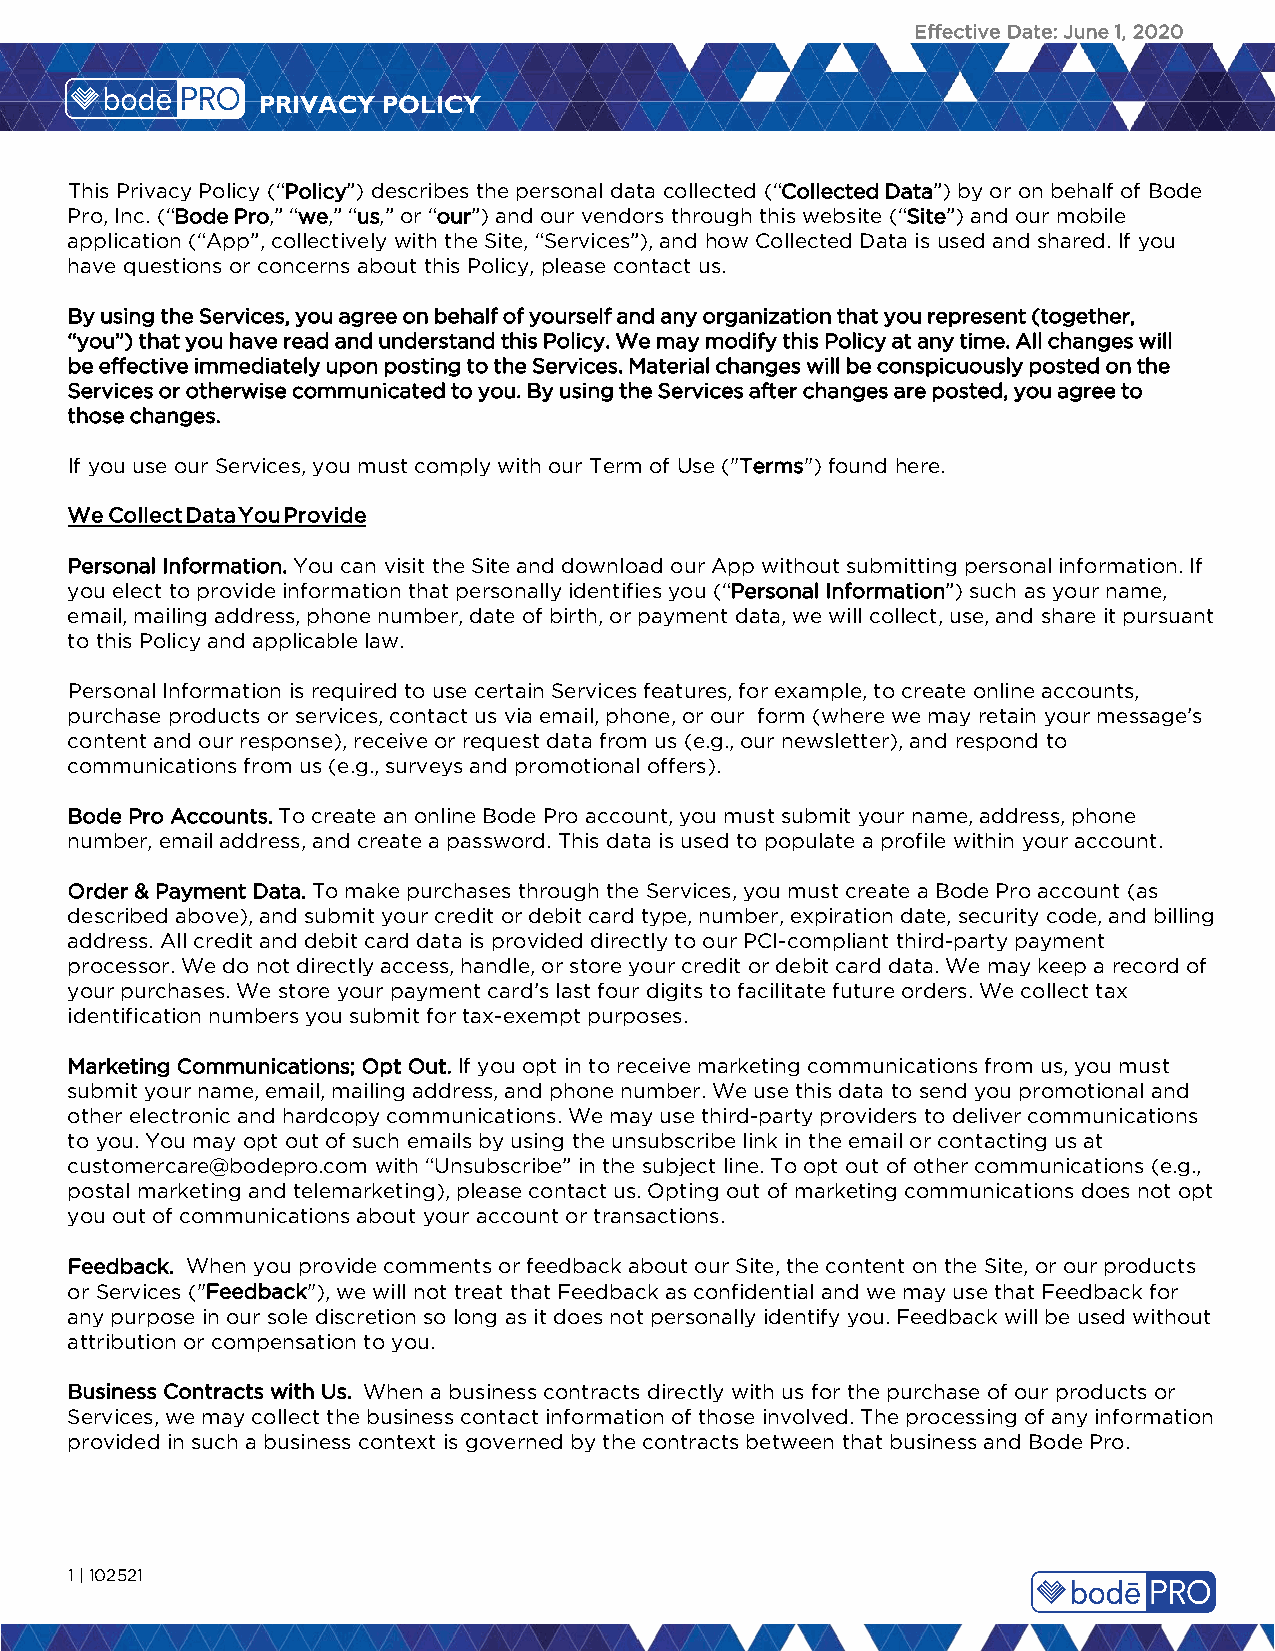
Effective Date: June 1, 2020
 PRIVACY POLICY
 This Privacy Policy (“Policy”) describes the personal data collected (“Collected Data”) by or on behalf of Bode
 Pro, Inc. (“Bode Pro,” “we,” “us,” or “our”) and our vendors through this website (“Site”) and our mobile
 application (“App”, collectively with the Site, “Services”), and how Collected Data is used and shared. If you
 have questions or concerns about this Policy, please contact us.
 By using the Services, you agree on behalf of yourself and any organization that you represent (together,
 “you”) that you have read and understand this Policy. We may modify this Policy at any time. All changes will
 be effective immediately upon posting to the Services. Material changes will be conspicuously posted on the
 Services or otherwise communicated to you. By using the Services after changes are posted, you agree to
 those changes.
 If you use our Services, you must comply with our Term of Use ("Terms") found here.
 We Collect Data You Provide
 Personal Information. You can visit the Site and download our App without submitting personal information. If
 you elect to provide information that personally identifies you (“Personal Information”) such as your name,
 email, mailing address, phone number, date of birth, or payment data, we will collect, use, and share it pursuant
 to this Policy and applicable law.
 Personal Information is required to use certain Services features, for example, to create online accounts,
 purchase products or services, contact us via email, phone, or our form (where we may retain your message’s
 content and our response), receive or request data from us (e.g., our newsletter), and respond to
 communications from us (e.g., surveys and promotional offers).
 Bode Pro Accounts. To create an online Bode Pro account, you must submit your name, address, phone
 number, email address, and create a password. This data is used to populate a profile within your account.
 Order & Payment Data. To make purchases through the Services, you must create a Bode Pro account (as
 described above), and submit your credit or debit card type, number, expiration date, security code, and billing
 address. All credit and debit card data is provided directly to our PCI-compliant third-party payment
 processor. We do not directly access, handle, or store your credit or debit card data. We may keep a record of
 your purchases. We store your payment card’s last four digits to facilitate future orders. We collect tax
 identification numbers you submit for tax-exempt purposes.
 Marketing Communications; Opt Out. If you opt in to receive marketing communications from us, you must
 submit your name, email, mailing address, and phone number. We use this data to send you promotional and
 other electronic and hardcopy communications. We may use third-party providers to deliver communications
 to you. You may opt out of such emails by using the unsubscribe link in the email or contacting us at
 customercare@bodepro.com with “Unsubscribe” in the subject line. To opt out of other communications (e.g.,
 postal marketing and telemarketing), please contact us. Opting out of marketing communications does not opt
 you out of communications about your account or transactions.
 Feedback. When you provide comments or feedback about our Site, the content on the Site, or our products
 or Services ("Feedback"), we will not treat that Feedback as confidential and we may use that Feedback for
 any purpose in our sole discretion so long as it does not personally identify you. Feedback will be used without
 attribution or compensation to you.
 Business Contracts with Us. When a business contracts directly with us for the purchase of our products or
 Services, we may collect the business contact information of those involved. The processing of any information
 provided in such a business context is governed by the contracts between that business and Bode Pro.
 1 | 102521